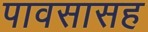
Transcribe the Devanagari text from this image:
पावसासह